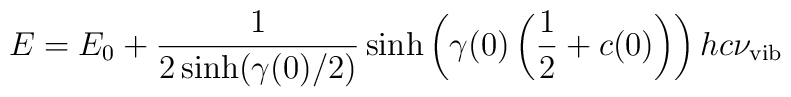
E=E_0+\frac{1}{2\sinh(\gamma(0)/2)}\sinh\left(\gamma(0)\left(\frac{1}{2}+c(0)\right)\right)hc\nu_{\rm vib}